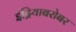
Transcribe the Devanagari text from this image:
इंद्रियाबरोबर